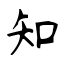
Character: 知